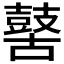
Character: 𪔐